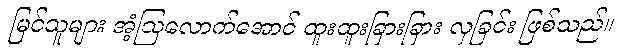
မြင်သူများ အံ့ဩလောက်အောင် ထူးထူးခြားခြား လှခြင်း ဖြစ်သည်။